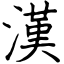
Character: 漢